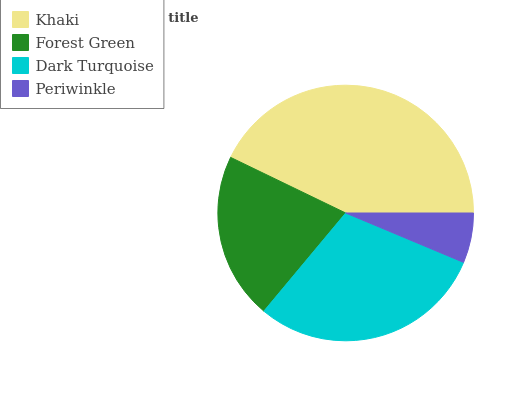
| Khaki | Forest Green | Dark Turquoise | Periwinkle |
 | --- | --- | --- | --- |
 | 42.8% | 21.2% | 29.7% | 6.31% |